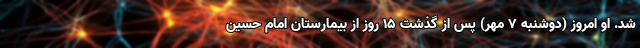
شد. او امروز (دوشنبه ۷ مهر) پس از گذشت ۱۵ روز از بیمارستان امام حسین